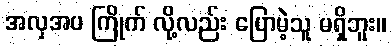
အလှအပ ကြိုက် လို့လည်း ပြောမဲ့သူ မရှိဘူး။